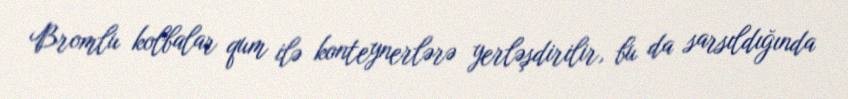
Bromlu kolbalar qum ilə konteynerlərə yerləşdirilir, bu da sarsıldığında